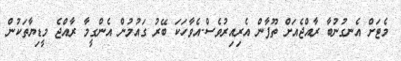
މެޓަށް އެނގުނުބާ ރާއްޖެއަށް ތޫފާން އެރިއިރުވެސް.އެވާހަކަ ބޭރު ގައުމުން އެންގީމާ ރާއްޖެ މީޑިޔާތަކުން